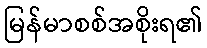
မြန်မာစစ်အစိုးရ၏